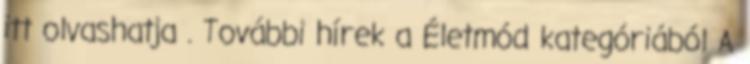
itt olvashatja . További hírek a Életmód kategóriából A